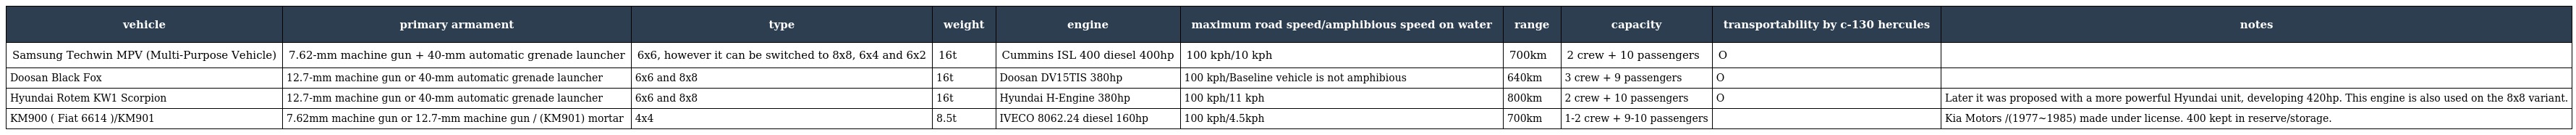
| vehicle | primary armament | type | weight | engine | maximum road speed/amphibious speed on water | range | capacity | transportability by c-130 hercules | notes |
 | --- | --- | --- | --- | --- | --- | --- | --- | --- | --- |
 | Samsung Techwin MPV (Multi-Purpose Vehicle) | 7.62-mm machine gun + 40-mm automatic grenade launcher | 6x6, however it can be switched to 8x8, 6x4 and 6x2 | 16t | Cummins ISL 400 diesel 400hp | 100 kph/10 kph | 700km | 2 crew + 10 passengers | O |  |
 | Doosan Black Fox | 12.7-mm machine gun or 40-mm automatic grenade launcher | 6x6 and 8x8 | 16t | Doosan DV15TIS 380hp | 100 kph/Baseline vehicle is not amphibious | 640km | 3 crew + 9 passengers | O |  |
 | Hyundai Rotem KW1 Scorpion | 12.7-mm machine gun or 40-mm automatic grenade launcher | 6x6 and 8x8 | 16t | Hyundai H-Engine 380hp | 100 kph/11 kph | 800km | 2 crew + 10 passengers | O | Later it was proposed with a more powerful Hyundai unit, developing 420hp. This engine is also used on the 8x8 variant. |
 | KM900 ( Fiat 6614 )/KM901 | 7.62mm machine gun or 12.7-mm machine gun / (KM901) mortar | 4x4 | 8.5t | IVECO 8062.24 diesel 160hp | 100 kph/4.5kph | 700km | 1-2 crew + 9-10 passengers |  | Kia Motors /(1977~1985) made under license. 400 kept in reserve/storage. |